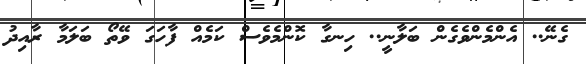
ގެނޭ.. އެންމެންވެގެން ބަލާނީ.. ހިނގާ ކޮންމެވެސް ކަމެއް ފާހަގަ ވޭތޯ ބަލަމާ ރާއިދު